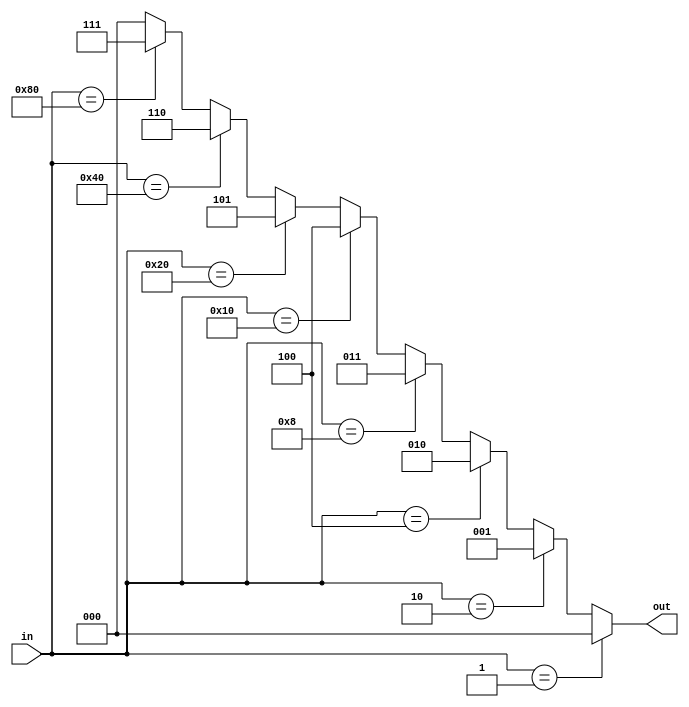
module encoder8to3(
    input [7:0] in,
    output [2:0] out
);

assign out = (in == 8'b00000001) ? 3'b000 :
             (in == 8'b00000010) ? 3'b001 :
             (in == 8'b00000100) ? 3'b010 :
             (in == 8'b00001000) ? 3'b011 :
             (in == 8'b00010000) ? 3'b100 :
             (in == 8'b00100000) ? 3'b101 :
             (in == 8'b01000000) ? 3'b110 :
             (in == 8'b10000000) ? 3'b111 :
              3'b000; // Default case
endmodule